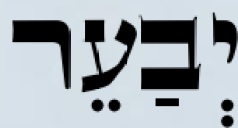
יְבַעֵר